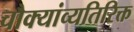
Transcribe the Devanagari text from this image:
चौक्यांव्यतिरिक्त